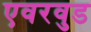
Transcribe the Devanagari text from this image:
एवरवुड